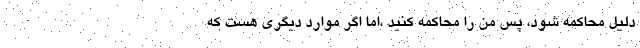
دلیل محاکمه شود، پس من را محاکمه‌ کنید ،اما اگر موارد دیگری هست که